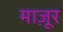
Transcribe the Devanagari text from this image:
माज़ूर